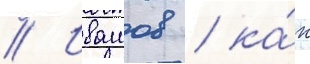
// Ивашов / ка́к